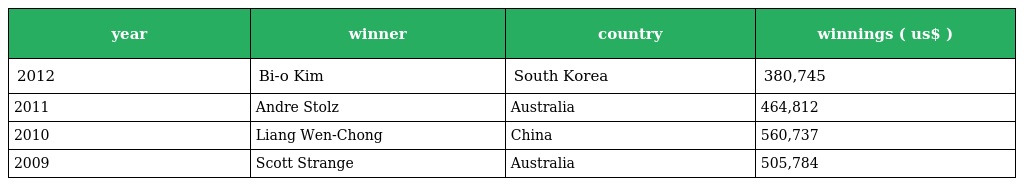
| year | winner | country | winnings ( us$ ) |
 | --- | --- | --- | --- |
 | 2012 | Bi-o Kim | South Korea | 380,745 |
 | 2011 | Andre Stolz | Australia | 464,812 |
 | 2010 | Liang Wen-Chong | China | 560,737 |
 | 2009 | Scott Strange | Australia | 505,784 |